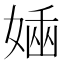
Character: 𡟢